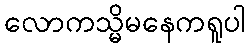
လောကသ္မိမနေကရူပါ